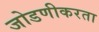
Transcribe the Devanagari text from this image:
जोडणीकरता